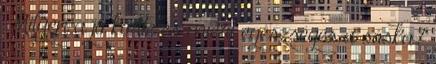
Milyen a jó körte és miért egészséges a sóska?